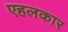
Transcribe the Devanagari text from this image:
एहलकार